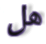
هل